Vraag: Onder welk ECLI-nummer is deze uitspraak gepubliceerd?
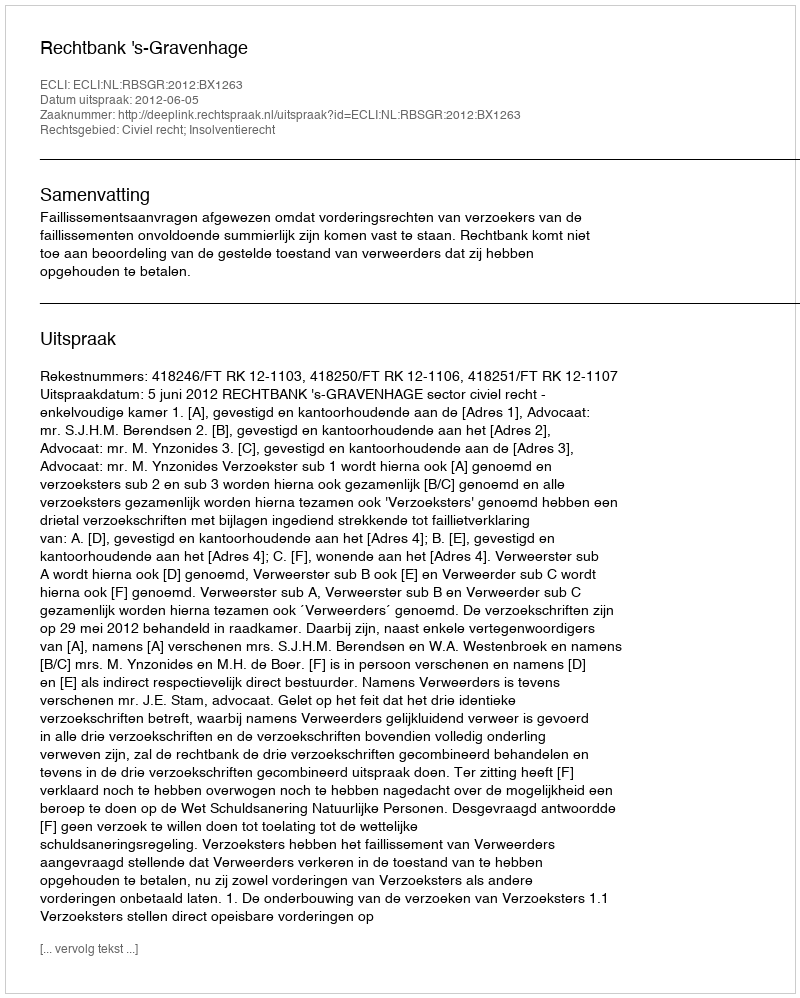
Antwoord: ECLI:NL:RBSGR:2012:BX1263